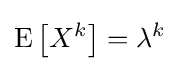
\operatorname {E} \left[X^{k}\right]=\lambda ^{k}